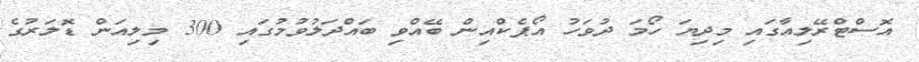
އޮސްޓްރޭލިއާގައި މިދިޔަ ހޯމަ ދުވަހު އޯޕެކްއިން ބޭއްވި ބައްދަލުވުމުގައި 300 މިލިއަން ޑޮލަރުގެ